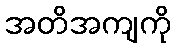
အတိအကျကို